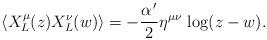
LaTeX: \begin{align*}\left\langle X^{\mu}_L(z)X^{\nu}_L(w)\right\rangle=-\frac{\alpha^{\,\prime}}{2}\eta^{\mu\nu}\,\log(z-w).\end{align*}